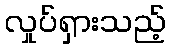
လှုပ်ရှားသည့်